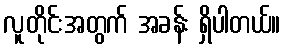
လူတိုင်းအတွက် အခန်း ရှိပါတယ်။